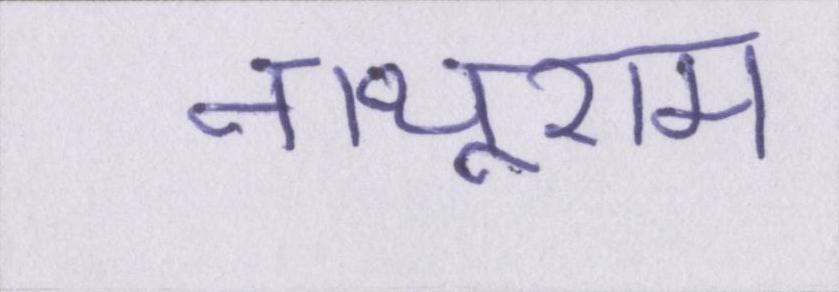
नाथूराम